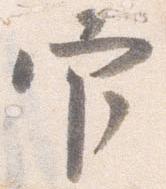
官